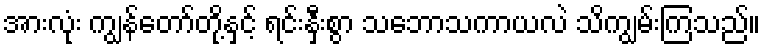
အားလုံး ကျွန်တော်တို့နှင့် ရင်းနှီးစွာ သဘောသကာယလဲ သိကျွမ်းကြသည်။